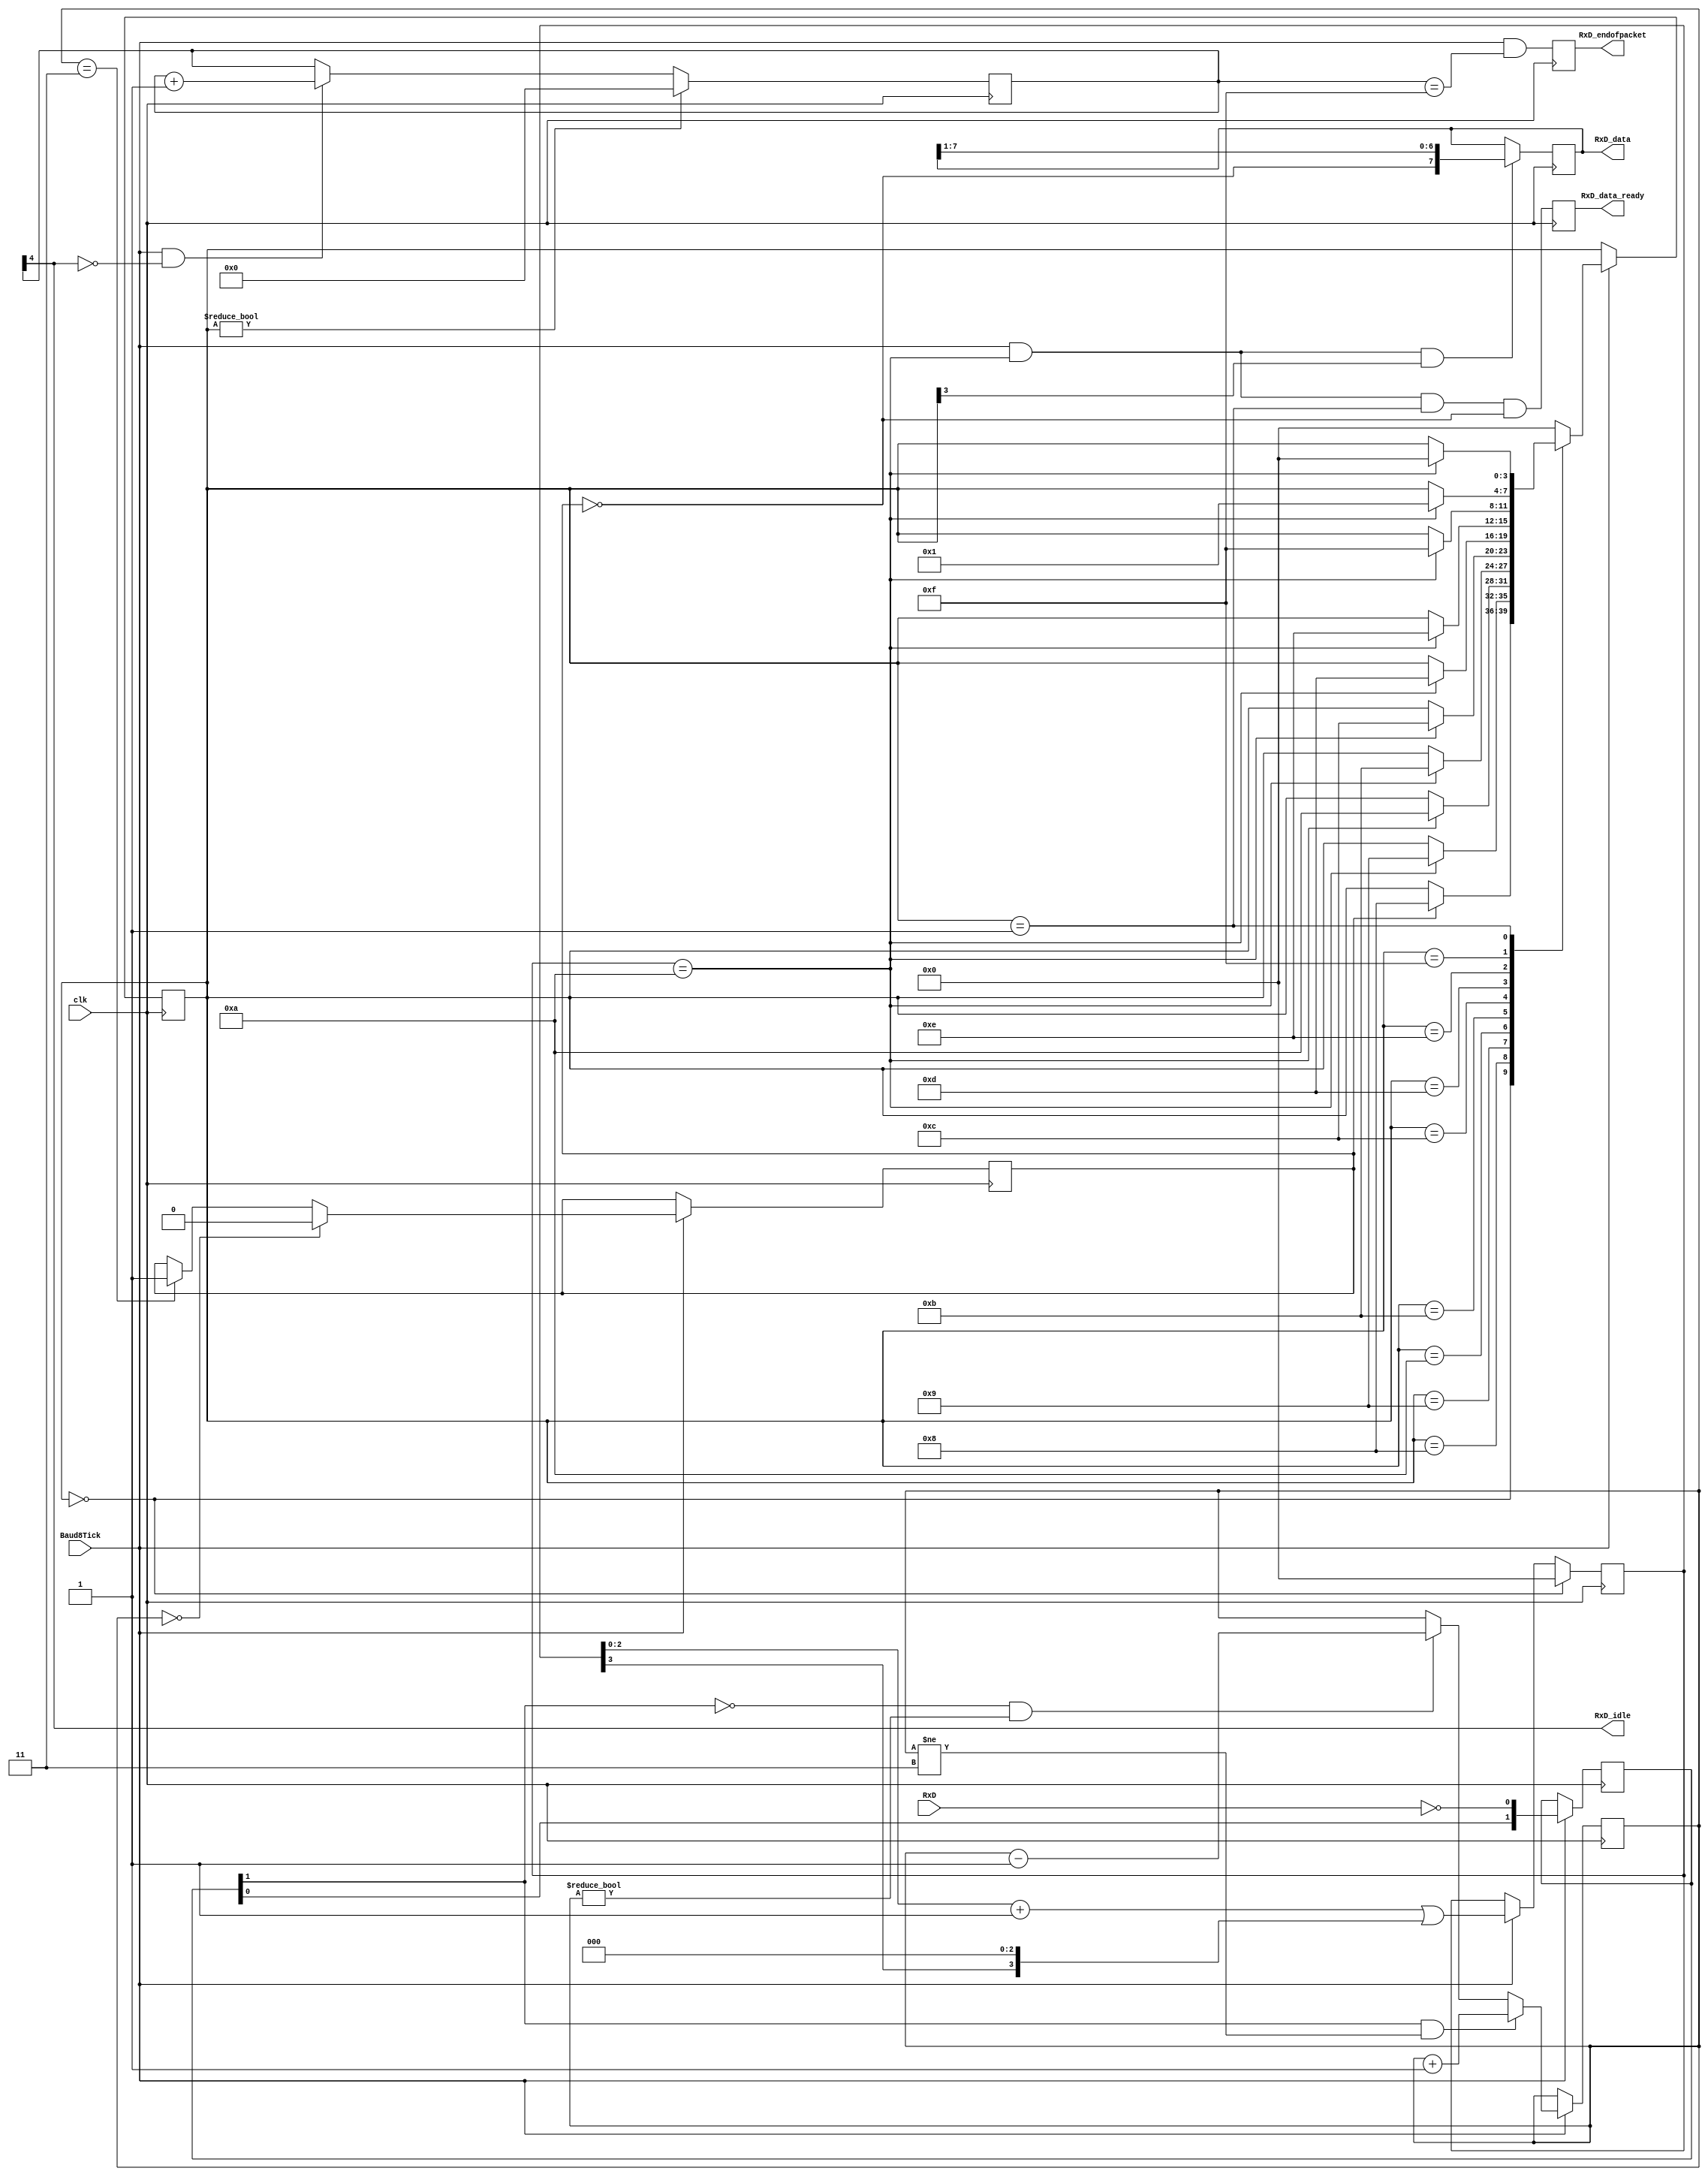
module async_receiver_5(clk, Baud8Tick, RxD, RxD_data_ready, RxD_data, RxD_endofpacket, RxD_idle);
input 			 clk;
input 			 RxD;
input     		 Baud8Tick;			
output     [7:0] RxD_data;
output 			 RxD_data_ready;  	
output RxD_endofpacket;  	
output RxD_idle;  			
reg [1:0] RxD_sync_inv;	
always @(posedge clk) if(Baud8Tick) RxD_sync_inv <= {RxD_sync_inv[0], ~RxD};
reg [1:0] RxD_cnt_inv;
reg RxD_bit_inv;
always @(posedge clk)
if(Baud8Tick) begin
	if( RxD_sync_inv[1] && RxD_cnt_inv!=2'b11) RxD_cnt_inv <= RxD_cnt_inv + 2'h1;
	else 
	if(~RxD_sync_inv[1] && RxD_cnt_inv!=2'b00) RxD_cnt_inv <= RxD_cnt_inv - 2'h1;
	if(RxD_cnt_inv==2'b00) RxD_bit_inv <= 1'b0;
	else
	if(RxD_cnt_inv==2'b11) RxD_bit_inv <= 1'b1;
end
reg [3:0] state;
reg [3:0] bit_spacing;
wire next_bit = (bit_spacing==4'd10);
always @(posedge clk)
if(state==0)bit_spacing <= 4'b0000;
else
if(Baud8Tick) bit_spacing <= {bit_spacing[2:0] + 4'b0001} | {bit_spacing[3], 3'b000};
always @(posedge clk)
if(Baud8Tick)
case(state)
	4'b0000: if(RxD_bit_inv)state <= 4'b1000;  
	4'b1000: if(next_bit)	state <= 4'b1001;  
	4'b1001: if(next_bit)	state <= 4'b1010;  
	4'b1010: if(next_bit)	state <= 4'b1011;  
	4'b1011: if(next_bit)	state <= 4'b1100;  
	4'b1100: if(next_bit)	state <= 4'b1101;  
	4'b1101: if(next_bit)	state <= 4'b1110;  
	4'b1110: if(next_bit)	state <= 4'b1111;  
	4'b1111: if(next_bit)	state <= 4'b0001;  
	4'b0001: if(next_bit)	state <= 4'b0000;  
	default: 				state <= 4'b0000;
endcase
reg [7:0] RxD_data;
always @(posedge clk)
if(Baud8Tick && next_bit && state[3]) RxD_data <= {~RxD_bit_inv, RxD_data[7:1]};
reg RxD_data_ready, RxD_data_error;
always @(posedge clk)
begin
	RxD_data_ready <= (Baud8Tick && next_bit && state==4'b0001 && ~RxD_bit_inv);  
	RxD_data_error <= (Baud8Tick && next_bit && state==4'b0001 &&  RxD_bit_inv);  
end
reg [4:0] gap_count;
always @(posedge clk) if (state!=0) gap_count<=5'h00; else if(Baud8Tick & ~gap_count[4]) gap_count <= gap_count + 5'h01;
assign RxD_idle = gap_count[4];
reg RxD_endofpacket; always @(posedge clk) RxD_endofpacket <= Baud8Tick & (gap_count==5'h0F);
endmodule